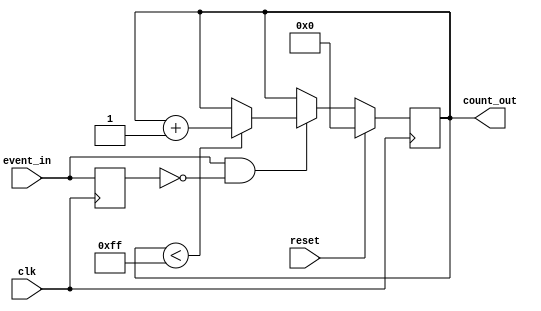
module event_triggered_counter #(
    parameter N = 8 // Width of the counter (number of bits)
) (
    input wire clk,         // Clock signal
    input wire reset,       // Synchronous reset signal
    input wire event_in,    // Event signal
    output reg [N-1:0] count_out // Count value output
);

    // Internal signal for edge detection
    reg event_in_d;  // Delayed version of event_in

    always @(posedge clk) begin
        if (reset) begin
            // Reset the counter to zero
            count_out <= 0;
        end else begin
            // Edge detection: increment on rising edge of event_in
            if (event_in && !event_in_d) begin
                if (count_out < (1 << N) - 1) begin
                    count_out <= count_out + 1; // Increment counter
                end
            end
        end
        // Update delayed event signal
        event_in_d <= event_in;
    end

endmodule